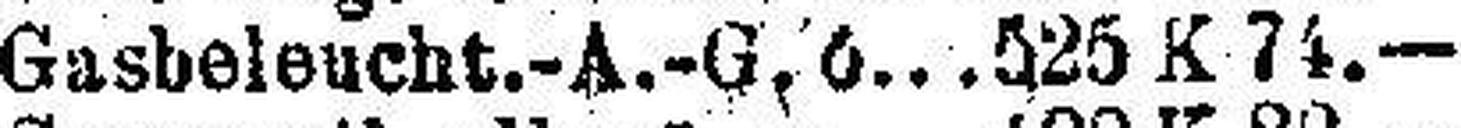
Gasbeleucht.-A.-G. ö. 525 K 74.—